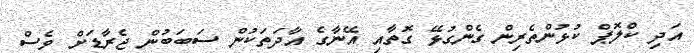
އަދި ކްލޮޕް ކުޅުންތެރިން ގެންގުޅޭ ގޮތާއި އޭނާގެ އާދަތަކުން ސަބަބުން ޖެރާޑަށް ވެސް